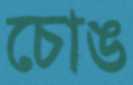
চোঙ